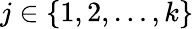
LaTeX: j\in\left\{ {1,2,\dots,k}\right\}